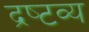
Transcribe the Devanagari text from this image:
द्रष्‍टव्‍य